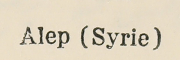
Alep (Syrie)